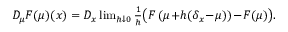
\begin{array} { r } { D _ { \mu } F ( \mu ) ( x ) = D _ { x } \operatorname* { l i m } _ { h \downarrow 0 } \frac { 1 } { h } \big ( F \left( \mu \! + \! h ( \delta _ { x } \! - \! \mu ) \right) \! - \! F ( \mu ) \big ) . } \end{array}